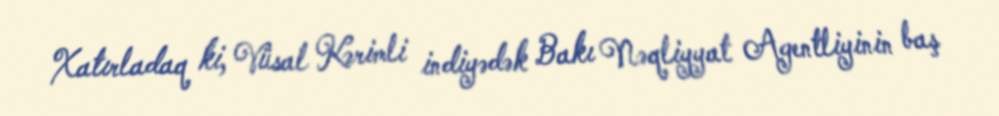
Xatırladaq ki, Vüsal Kərimli indiyədək Bakı Nəqliyyat Agentliyinin baş